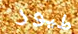
طيور